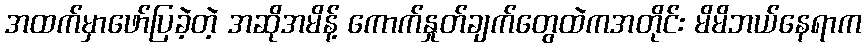
အထက်မှာဖော်ပြခဲ့တဲ့ အဆိုအမိန့် ကောက်နှုတ်ချက်တွေထဲကအတိုင်း မိမိဘယ်နေရာက